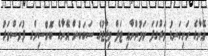
އޭނާގެ ހަށިގަނޑު ވަރުގަދަ ކަމުންނާއި ޓަފް މިޒާޖުގެ ސަބަބުން އޭނާގެ ބޮކްސިންގ ދުވަސްވަރު